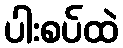
ပါးစပ်ထဲ